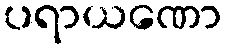
ပရာယဏော